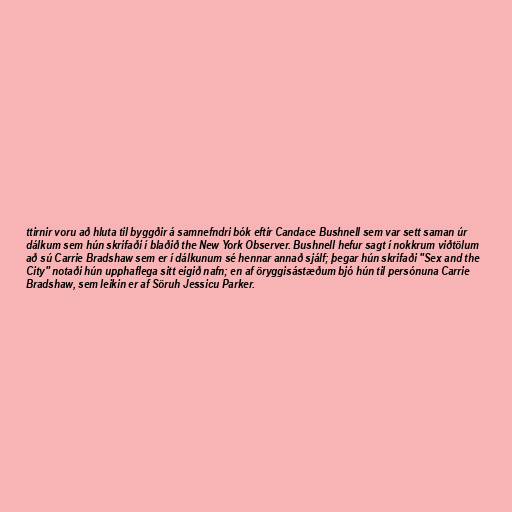
ttirnir voru að hluta til byggðir á samnefndri bók eftir Candace Bushnell sem var sett saman úr
dálkum sem hún skrifaði í blaðið the New York Observer. Bushnell hefur sagt í nokkrum viðtölum
að sú Carrie Bradshaw sem er í dálkunum sé hennar annað sjálf; þegar hún skrifaði "Sex and the
City" notaði hún upphaflega sitt eigið nafn; en af öryggisástæðum bjó hún til persónuna Carrie
Bradshaw, sem leikin er af Söruh Jessicu Parker.